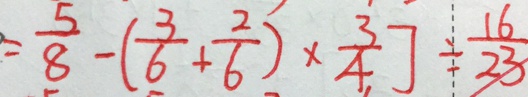
= \frac { 5 } { 8 } - ( \frac { 3 } { 6 } + \frac { 2 } { 6 } ) \times \frac { 3 } { 4 } ] \div \frac { 1 6 } { 2 3 }